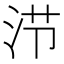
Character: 𰛤